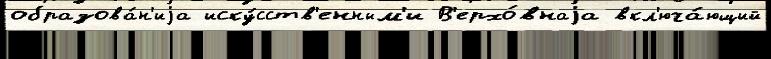
образова́н'иjа иску́сств'енным'и В'ерхо́внаjа вкл'юча́ющий